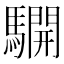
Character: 𩦓